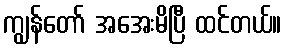
ကျွန်တော် အအေးမိပြီ ထင်တယ်။